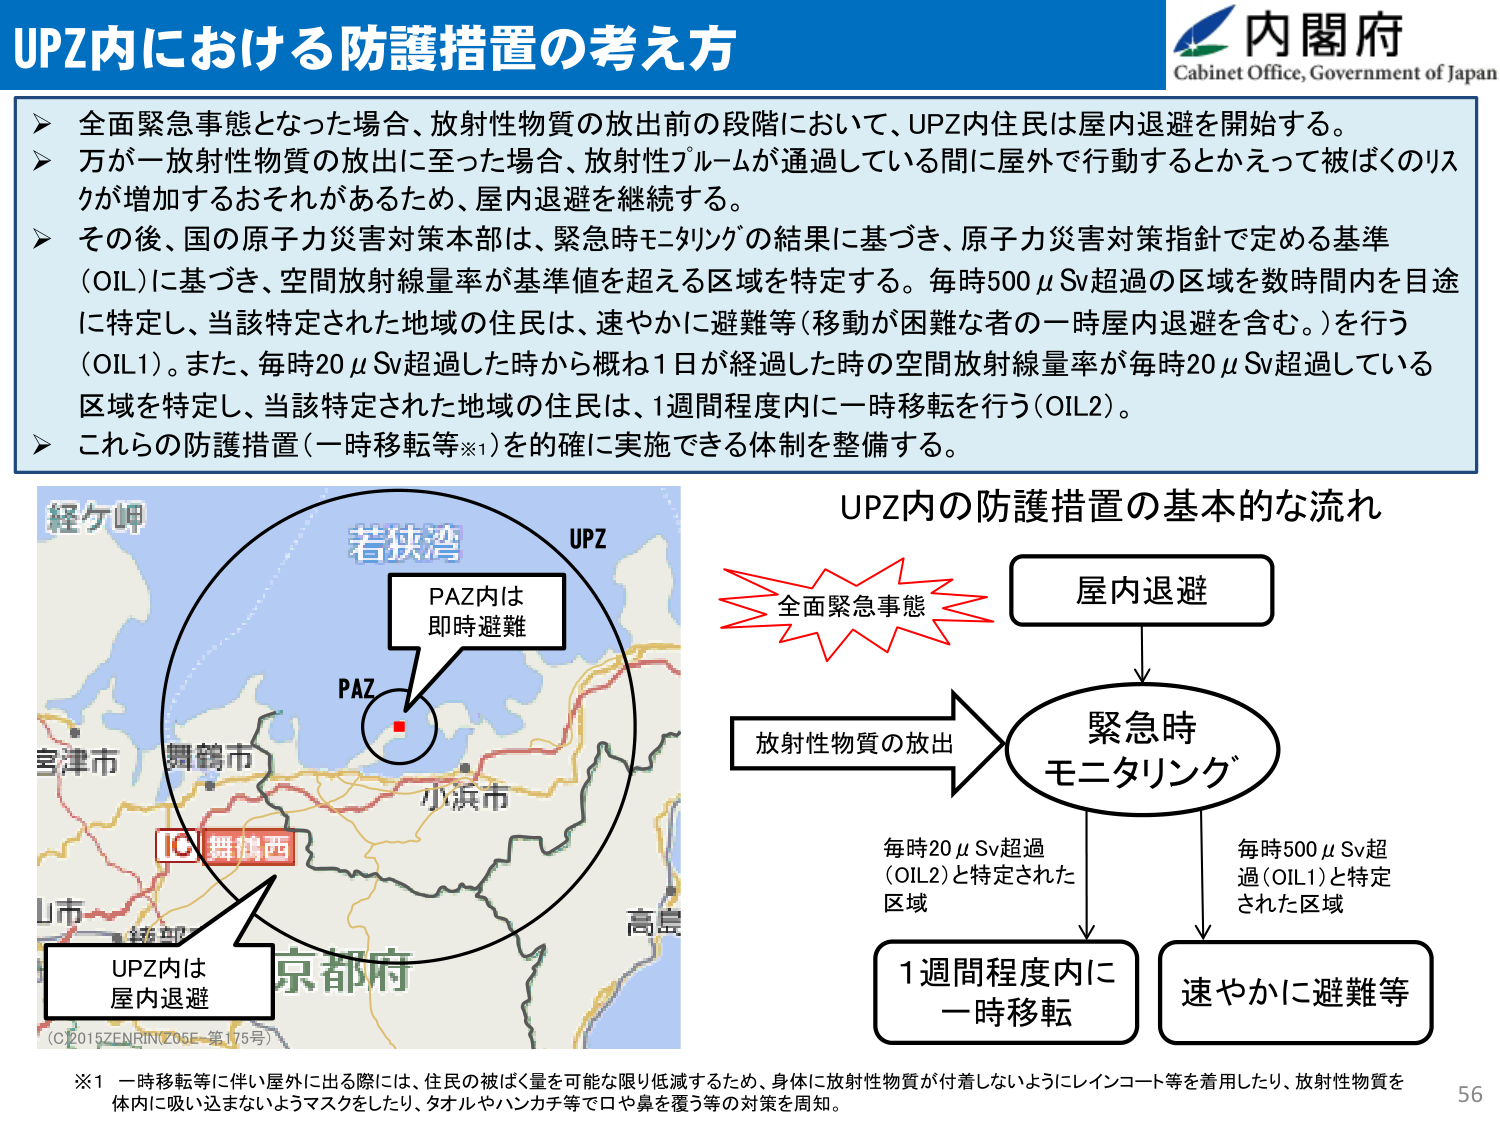
UPZ内における防護措置の考え方

内閣府
Cabinet Office, Government of Japan

▶ 全面緊急事態となった場合、放射性物質の放出前の段階において、UPZ内住民は屋内退避を開始する。
▶ 万が一放射性物質の放出に至った場合、放射性プルームが通過している間に屋外で行動するとかえって被ばくのリスクが増加するおそれがあるため、屋内退避を継続する。
▶ その後、国の原子力災害対策本部は、緊急時モニタリングの結果に基づき、原子力災害対策指針で定める基準（OIL）に基づき、空間放射線量率が基準値を超える区域を特定する。毎時500μSv超過の区域を数時間内を目途に特定し、当該特定された地域の住民は、速やかに避難等（移動が困難な者の一時屋内退避を含む。）を行う（OIL1）。また、毎時20μSv超過した時から概ね1日が経過した時の空間放射線量率が毎時20μSv超過している区域を特定し、当該特定された地域の住民は、1週間程度内に一時移転を行う（OIL2）。
▶ これらの防護措置（一時移転等※1）を的確に実施できる体制を整備する。

経ヶ岬
若狭湾
UPZ
PAZ内は
即時避難
PAZ
舞鶴市
小浜市
京都市
高島
IC 舞鶴西
UPZ内は
屋内退避
（C2015ZENRINZ05E-第175号）

UPZ内の防護措置の基本的な流れ

全面緊急事態
→ 屋内退避
→ 緊急時
モニタリング
→ 放射性物質の放出
→ 毎時20μSv超過（OIL2）と特定された区域 → 1週間程度内に一時移転
→ 毎時500μSv超過（OIL1）と特定された区域 → 速やかに避難等

※1 一時移転等に伴い屋外に出る際には、住民の被ばく量を可能な限り低減するため、身体に放射性物質が付着しないようにレインコート等を着用したり、放射性物質を体内に吸い込まないようマスクをしたり、タオルやハンカチ等で口や鼻を覆う等の対策を周知。

56